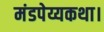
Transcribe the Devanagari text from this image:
मंडपेय्यकथा।